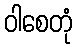
ဝါစေတုံ